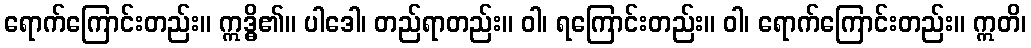
ရောက်ကြောင်းတည်း။ ဣဒ္ဓိ၏။ ပါဒေါ၊ တည်ရာတည်း။ ဝါ၊ ရကြောင်းတည်း။ ဝါ၊ ရောက်ကြောင်းတည်း။ ဣတိ၊